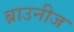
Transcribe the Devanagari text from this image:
ब्राउनीज